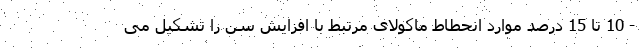
- 10 تا 15 درصد موارد انحطاط ماکولای مرتبط با افزایش سن را تشکیل می